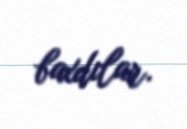
baxdılar.